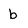
Character: b